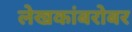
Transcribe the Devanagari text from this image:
लेखकांबरोबर